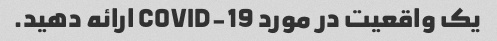
یک واقعیت در مورد COVID-19 ارائه دهید.